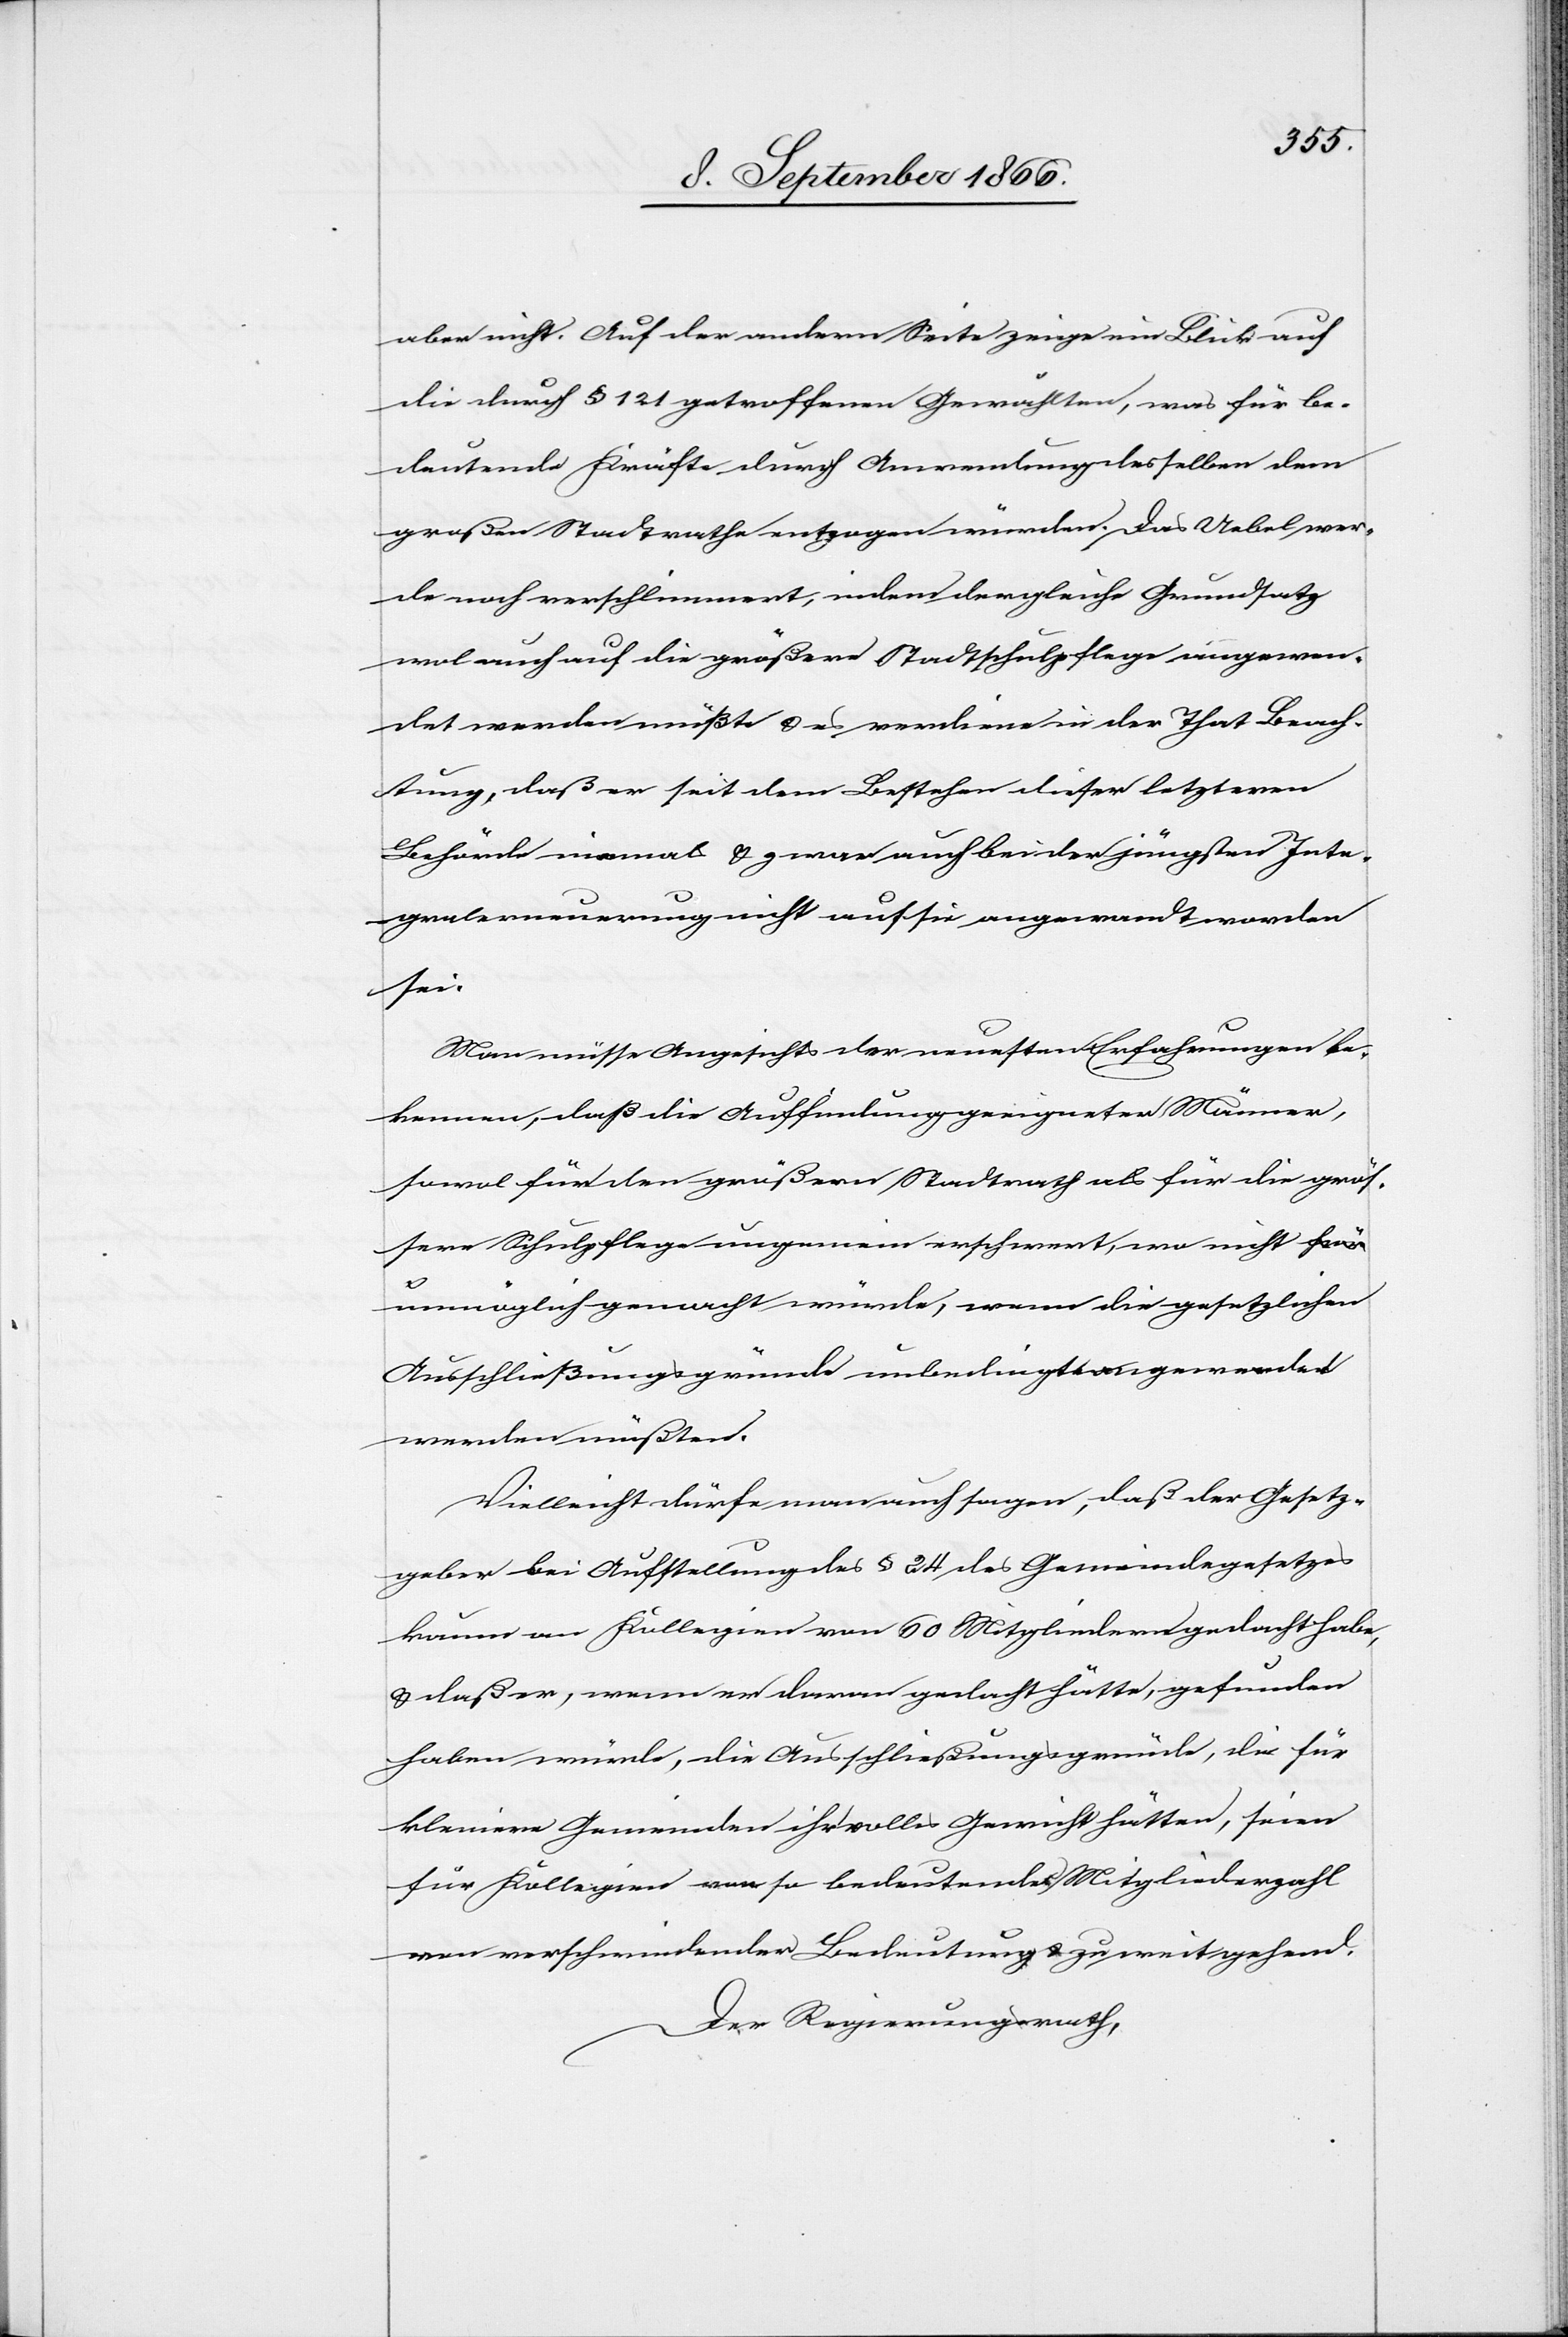
aber nicht. Auf der andern Seite zeige ein Blick auf
die durch § 121 getroffenen Gewählten, was für be¬
deutende Kräfte durch Anwendung desselben dem
großen Stadtrathe entzogen würden. Das Uebel wer¬
de noch verschlimmert, indem der gleiche Grundsatz
wol auch auf die größere Stadtschulpflege angewen¬
det werden müßte u. es verdiene in der That Beach¬
tung, daß er seit dem Bestehen dieser letztern
Behörde niemals u. zwar auch bei der jüngsten Inte¬
gralerneuerung nicht auf sie angewendet worden
sei.
Man müsse Angesichts der neuesten Erfahrungen be¬
kennen, daß die Auffindung geeigneter Männer,
sowol für den großen Stadtrath als für die größ¬
ere Schulpflege ungemein erschwert, wo nicht u¬
nmöglich gemacht würde, wenn die gesetzlichen
Ausschließungsgründe unbedingt angewendet
werden müßten.
Vielleicht dürfe man auch sagen, daß der Gesetz¬
geber bei Aufstellung des § 24 des Gemeindegesetzes
kaum an Kollegien von 60 Mitgliedern gedacht habe,
u. daß er, wenn er daran gedacht hätte, gefunden
haben würde, die Ausschließungsgründe, die für
kleinere Gemeinden ihr volles Gewicht hätten, seien
für Kollegien von so bedeutender Mitgliederzahl
von verschwindender Bedeutung u. zu weit gehend.
Der Regierungsrath,